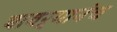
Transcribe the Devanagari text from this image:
बावऱ्यानंच